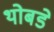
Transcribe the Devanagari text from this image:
थोबडे